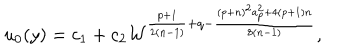
LaTeX: u _ { 0 } ( y ) = c _ { 1 } + c _ { 2 } { \cal W } ^ { { \frac { p + 1 } { 2 ( n - 1 ) } } + q - { \frac { ( p + n ) ^ { 2 } a _ { p } ^ { 2 } + 4 ( p + 1 ) n } { 8 ( n - 1 ) } } } ,